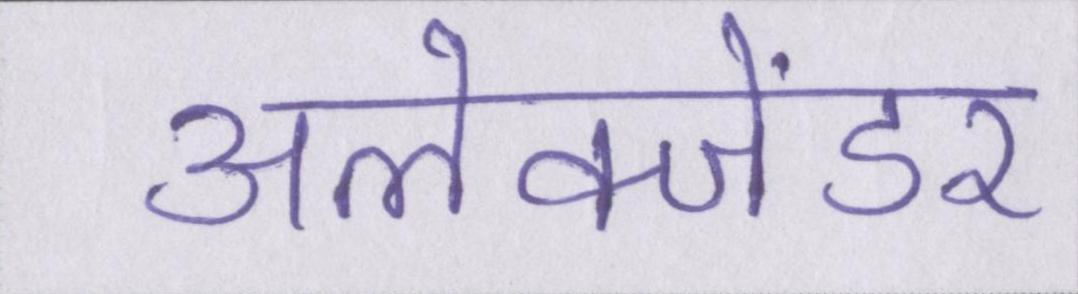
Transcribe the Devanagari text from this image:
अलेक्जेंडर